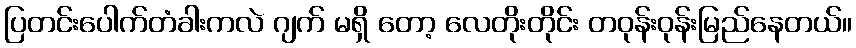
ပြတင်းပေါက်တံခါးကလဲ ဂျက် မရှိ တော့ လေတိုးတိုင်း တဝုန်းဝုန်းမြည်နေတယ်။